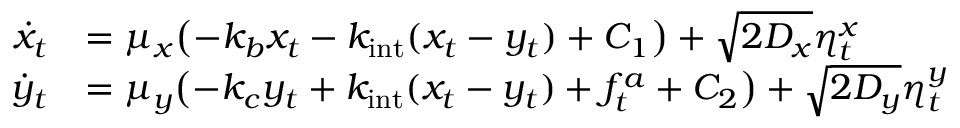
\begin{array} { r l } { \dot { x } _ { t } } & { = \mu _ { x } \bigl ( - k _ { b } x _ { t } - k _ { \mathrm { i n t } } ( x _ { t } - y _ { t } ) + C _ { 1 } \bigr ) + \sqrt { 2 D _ { x } } \eta _ { t } ^ { x } } \\ { \dot { y } _ { t } } & { = \mu _ { y } \bigl ( - k _ { c } y _ { t } + k _ { \mathrm { i n t } } ( x _ { t } - y _ { t } ) + f _ { t } ^ { a } + C _ { 2 } \bigr ) + \sqrt { 2 D _ { y } } \eta _ { t } ^ { y } } \end{array}